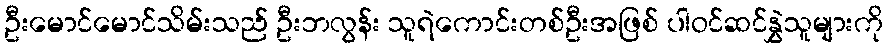
ဦးမောင်မောင်သိမ်းသည် ဦးဘလွန်း သူရဲကောင်းတစ်ဦးအဖြစ် ပါဝင်ဆင်နွှဲသူများကို